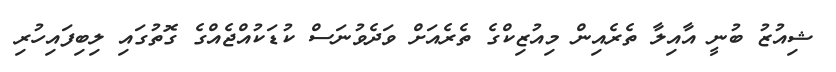
ޝިއުޒު ބުނީ އާއިލާ ތެރެއިން މިއުޒިކްގެ ތެރެއަށް ވަދެވުނަސް ކުޑަކުއްޖެއްގެ ގޮތުގައި ލިބިފައިހުރި